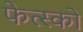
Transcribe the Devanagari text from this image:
फेत्स्को